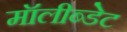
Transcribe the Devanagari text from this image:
मॉलीब्डेट